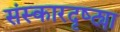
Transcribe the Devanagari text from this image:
संस्कारदृष्ट्या